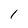
Character: 1